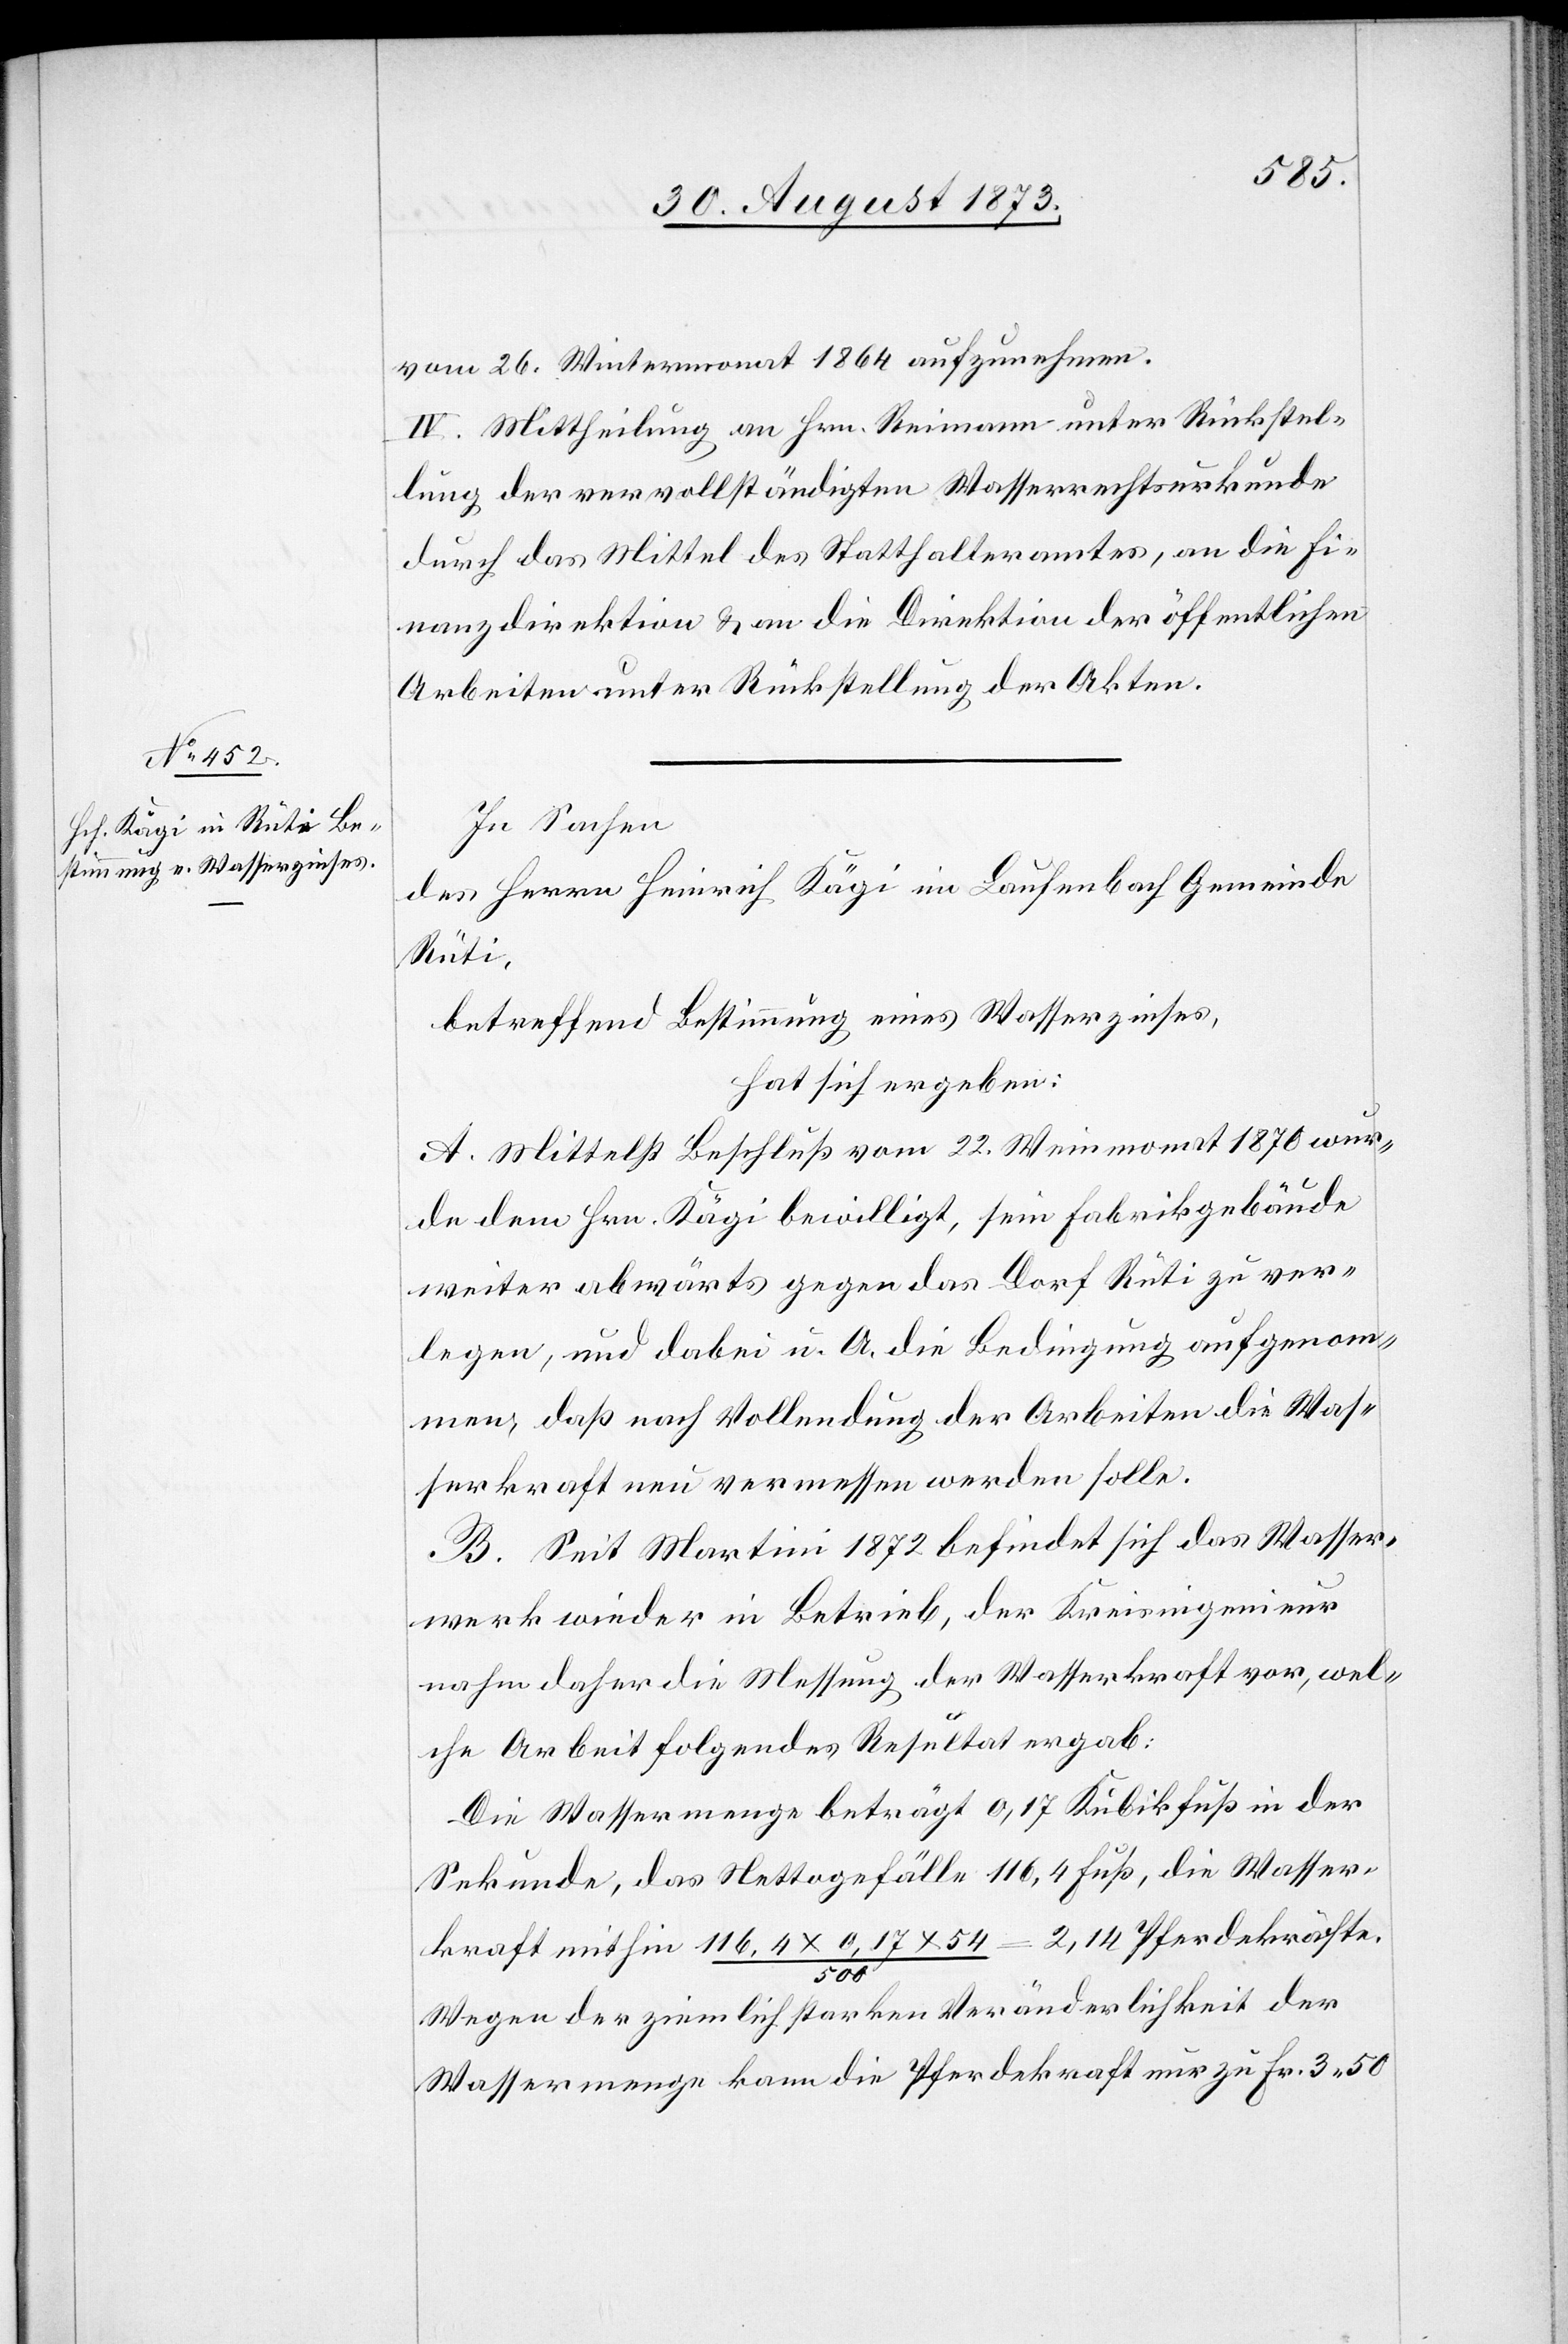
vom 26. Wintermonat 1864 aufzunehmen.
IV. Mittheilung an Hrn. Reimann unter Rückstel¬
lung der vervollständigten Wasserrechtsurkunde
durch das Mittel des Statthalteramtes, an die Fi¬
nanzdirektion & an die Direktion der öffentlichen
Arbeiten unter Rückstellung der Akten.
In Sachen
des Herrn Heinrich Kägi im Laufenbach Gemeinde
Rüti,
betreffend Bestimmung eines Wasserzinses,
hat sich ergeben:
A. Mittelst Beschluß vom 22. Weinmonat 1870 wur¬
de dem Hrn. Kägi bewilligt, sein Fabrikgebäude
weiter abwärts gegen das Dorf Rüti zu ver¬
legen, und dabei u. A. die Bedingung aufgenom¬
men, daß nach Vollendung der Arbeiten die Was¬
serkraft neu vermessen werden solle.
B. Seit Martini 1872 befindet sich das Wasser¬
werk wieder in Betrieb, der Kreisingenieur
nahm daher die Messung der Wasserkraft vor, wel¬
che Arbeit folgendes Resultat ergab:
Die Wassermenge beträgt 0,17 Kubikfuß in der
Sekunde, das Nettogefälle 116,4 Fuß, die Wasser¬
kraft mithin 116,4 x 0,17 x 54/500 = 2,14 Pferdekräfte.
Wegen der ziemlich starken Veränderlichkeit der
Wassermenge kann die Pferdekraft nur zu Fr. 3 50